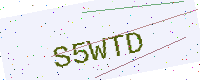
Text: S5WTD